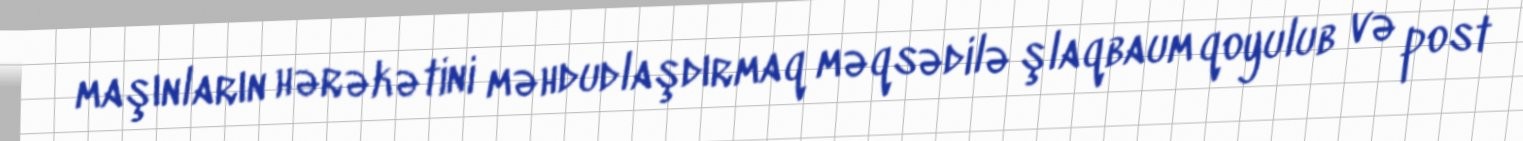
maşınların hərəkətini məhdudlaşdırmaq məqsədilə şlaqbaum qoyulub və post